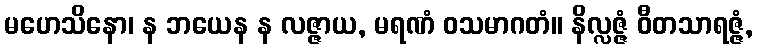
မဟေသိနော၊ န ဘယေန န လဇ္ဇာယ, မရဏံ ဝသမာဂတံ။ နိလ္လဇ္ဇံ ဝီတသာရဇ္ဇံ,